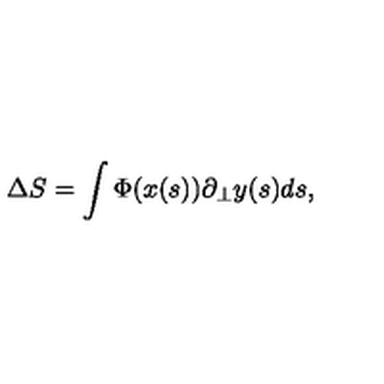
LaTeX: \Delta S = \int \Phi ( x ( s ) ) \partial _ { \bot } y ( s ) d s ,